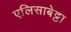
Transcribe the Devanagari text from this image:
एलिसाबेट्टा